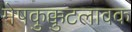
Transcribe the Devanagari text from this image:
मेषकुक्कुटलावक